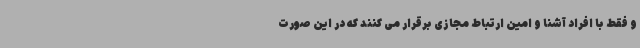
و فقط با افراد آشنا و امین ارتباط مجازی برقرار می کنند که در این صورت